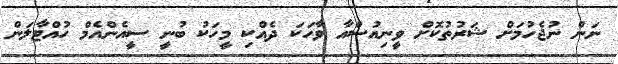
ނަން ނުޖެހުމަށް ޝަރުތުކޮށް ވީނިއުސްއާ ވާހަކަ ދެއްކި މީހަކު ބުނީ ސީއެންއެމް ހުއްޓާލަން